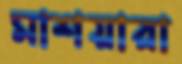
মাশয়ারা